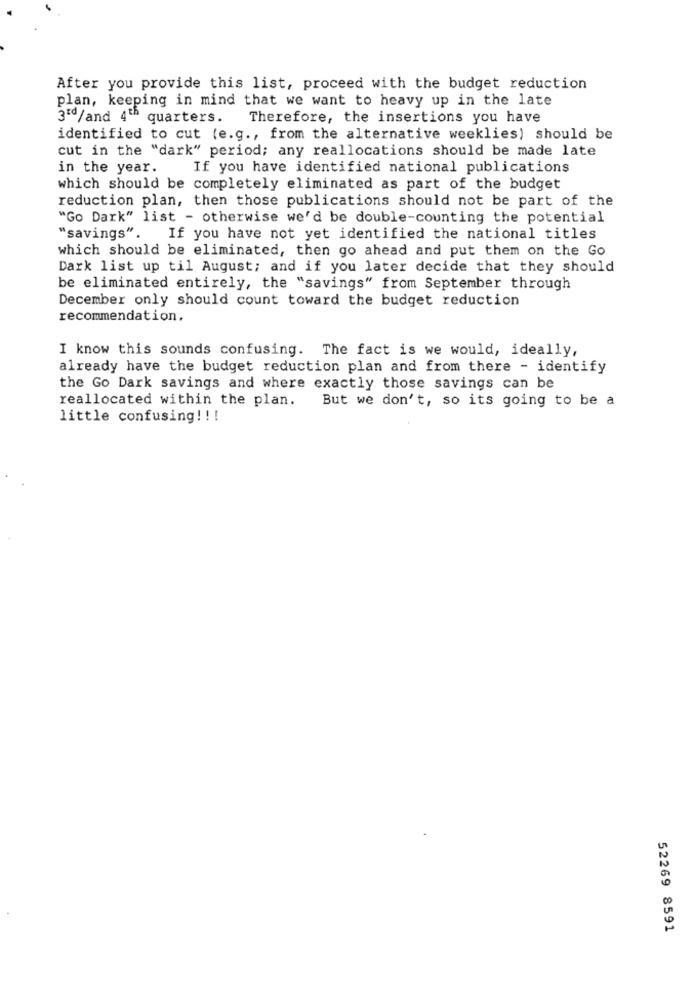
After you provide this list, proceed with the budget reduction
plan, keeping in mind that we want to heavy up in the late
3rd/and 4th quarters.
Therefore, the insertions you have
identified to cut (e.g ., from the alternative weeklies) should be
cut in the "dark" period; any reallocations should be made late
in the year.
If you have identified national publications
which should be completely eliminated as part of the budget
reduction plan, then those publications should not be part of the
"Go Dark" list - otherwise we'd be double-counting the potential
"savings".
If you have not yet identified the national titles
which should be eliminated, then go ahead and put them on the Go
Dark list up til August; and if you later decide that they should
be eliminated entirely, the "savings" from September through
December only should count toward the budget reduction
recommendation.
I know this sounds confusing. The fact is we would, ideally,
already have the budget reduction plan and from there - identify
the Go Dark savings and where exactly those savings can be
reallocated within the plan.
But we don't, so its going to be a
little confusing! ! !
52269 8591